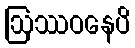
ဩဿဝနေပိ